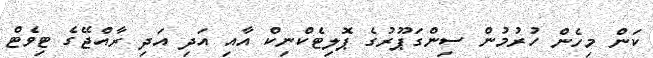
ކަން މިހެން ހުރުމުން ސިންގަޕޫރުގެ ޕޮލިޓެކްނިކް އާއި އަދި އަދި ރާއްޖޭގެ ޓިވެޓް